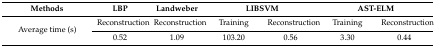
<table><thead><tr><td><b>Methods</b></td><td><b>LBP</b></td><td><b>Landweber</b></td><td colspan="2"><b>LIBSVM</b></td><td colspan="2"><b>AST-ELM</b></td></tr></thead><tbody><tr><td rowspan="2">Average time (s)</td><td>Reconstruction</td><td>Reconstruction</td><td>Training</td><td>Reconstruction</td><td>Training</td><td>Reconstruction</td></tr><tr><td>0.52</td><td>1.09</td><td>103.20</td><td>0.56</td><td>3.30</td><td>0.44</td></tr></tbody></table>